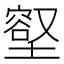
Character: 𭏳